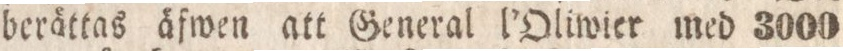
berättas äfwen att General l’Oliwier med 3000